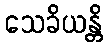
သေခိယန္တိ